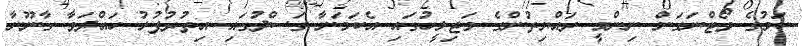
ކަމުގެ ވޯޓްނަގަން ނިންމީ ރައްޔިތުންގެ މަޖިލީހުގައި އެކަމަނާ ގަސްދުގައި އިތުރުފުޅު ހައްދަވާ ގާނޫނާ